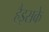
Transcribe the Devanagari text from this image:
हैइसके